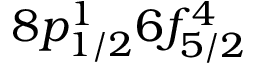
8 p _ { 1 / 2 } ^ { 1 } 6 f _ { 5 / 2 } ^ { 4 }